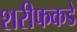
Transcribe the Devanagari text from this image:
शरीफकडे